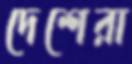
দেশেরা